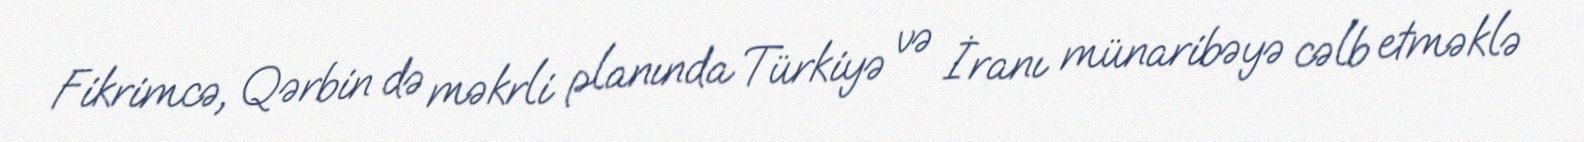
Fikrimcə, Qərbin də məkrli planında Türkiyə və İranı münaribəyə cəlb etməklə